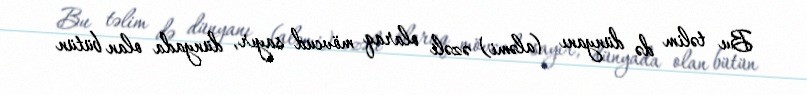
Bu təlim də dünyanı (aləmi) əzəli olaraq mövcud sayır, dünyada olan bütün